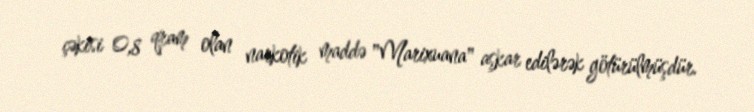
çəkisi 0,8 qram olan narkotik maddə "Marixuana" aşkar edilərək götürülmüşdür.